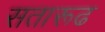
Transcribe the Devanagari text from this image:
सतारूढ